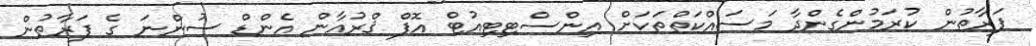
ފަރާތުން ކުރަމުންގެންދާ މަސައްކަތްތަކަށް އިންސްޓިޓިއުޓް އޮފް ޤްރުއާން އެންޑް ސުންނަ ގެ ފަރާތުން